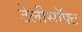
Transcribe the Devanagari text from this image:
टेलीसॉफ्ट